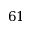
6 1